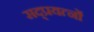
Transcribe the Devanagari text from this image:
सद्प्रयत्नों